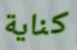
كناية